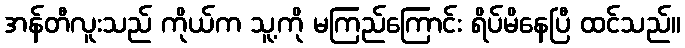
အန်တီလူးသည် ကိုယ်က သူ့ကို မကြည်ကြောင်း ရိပ်မိနေပြီ ထင်သည်။